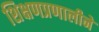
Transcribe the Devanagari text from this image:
शिक्षणप्रणालीने